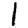
Digit: 1